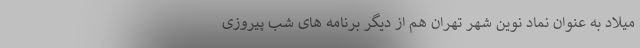
میلاد به عنوان نماد نوین شهر تهران هم از دیگر برنامه های شب پیروزی